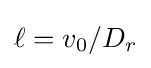
\ell =v_{0}/D_{r}